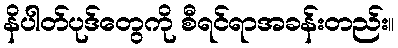
နိပါတ်ပုဒ်တွေကို စီရင်ရာအခန်းတည်း။